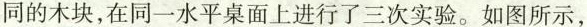
同的木块，在同一水平桌面上进行了三次实验。如图所示，